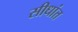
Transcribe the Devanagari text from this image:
सीधांत